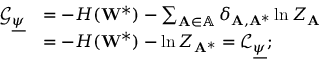
\begin{array} { r l } { \mathcal { G } _ { \underline { { \psi } } } } & { = - H ( \mathbf { W } ^ { * } ) - \sum _ { \mathbf { A } \in \mathbb { A } } \delta _ { \mathbf { A } , \mathbf { A } ^ { * } } \ln Z _ { \mathbf { A } } } \\ & { = - H ( \mathbf { W } ^ { * } ) - \ln Z _ { \mathbf { A } ^ { * } } = \mathcal { L } _ { \underline { { \psi } } } ; } \end{array}